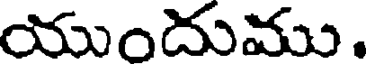
యుందుము.